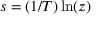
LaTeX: s = ( 1 / T ) \ln ( z )